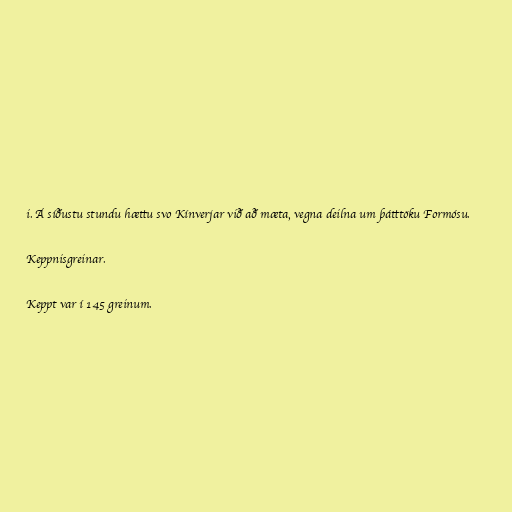
i. Á síðustu stundu hættu svo Kínverjar við að mæta, vegna deilna um þátttöku Formósu.

Keppnisgreinar.

Keppt var í 145 greinum.